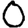
Digit: 0